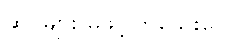
ဆိုင်များ မဖွင့်ကြသေးပေ။